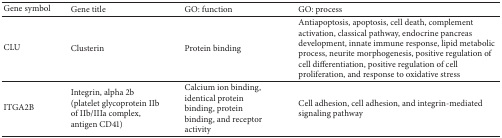
<table><thead><tr><td><b>Gene symbol</b></td><td><b>Gene title</b></td><td><b>GO: function</b></td><td><b>GO: process</b></td></tr></thead><tbody><tr><td>CLU</td><td>Clusterin</td><td>Protein binding</td><td>Antiapoptosis, apoptosis, cell death, complement activation, classical pathway, endocrine pancreas development, innate immune response, lipid metabolic process, neurite morphogenesis, positive regulation of cell differentiation, positive regulation of cell proliferation, and response to oxidative stress</td></tr><tr><td>ITGA2B</td><td>Integrin, alpha 2b (platelet glycoprotein IIb of IIb/IIIa complex, antigen CD41)</td><td>Calcium ion binding, identical protein binding, protein binding, and receptor activity</td><td>Cell adhesion, cell adhesion, and integrin-mediated signaling pathway</td></tr></tbody></table>